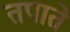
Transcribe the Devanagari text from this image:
तपाते